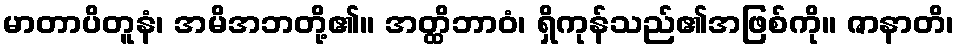
မာတာပိတူနံ၊ အမိအဘတို့၏။ အတ္ထိဘာဝံ၊ ရှိကုန်သည်၏အဖြစ်ကို။ ဇာနာတိ၊